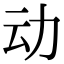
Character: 动